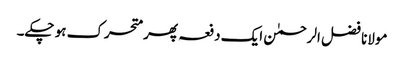
مولانا فضل الرحمٰن ایک دفعہ پھر متحرک ہو چکے۔